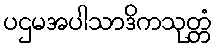
ပဌမအပါသာဒိကသုတ္တံ